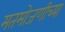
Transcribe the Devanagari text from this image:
मतमोजणीच्या